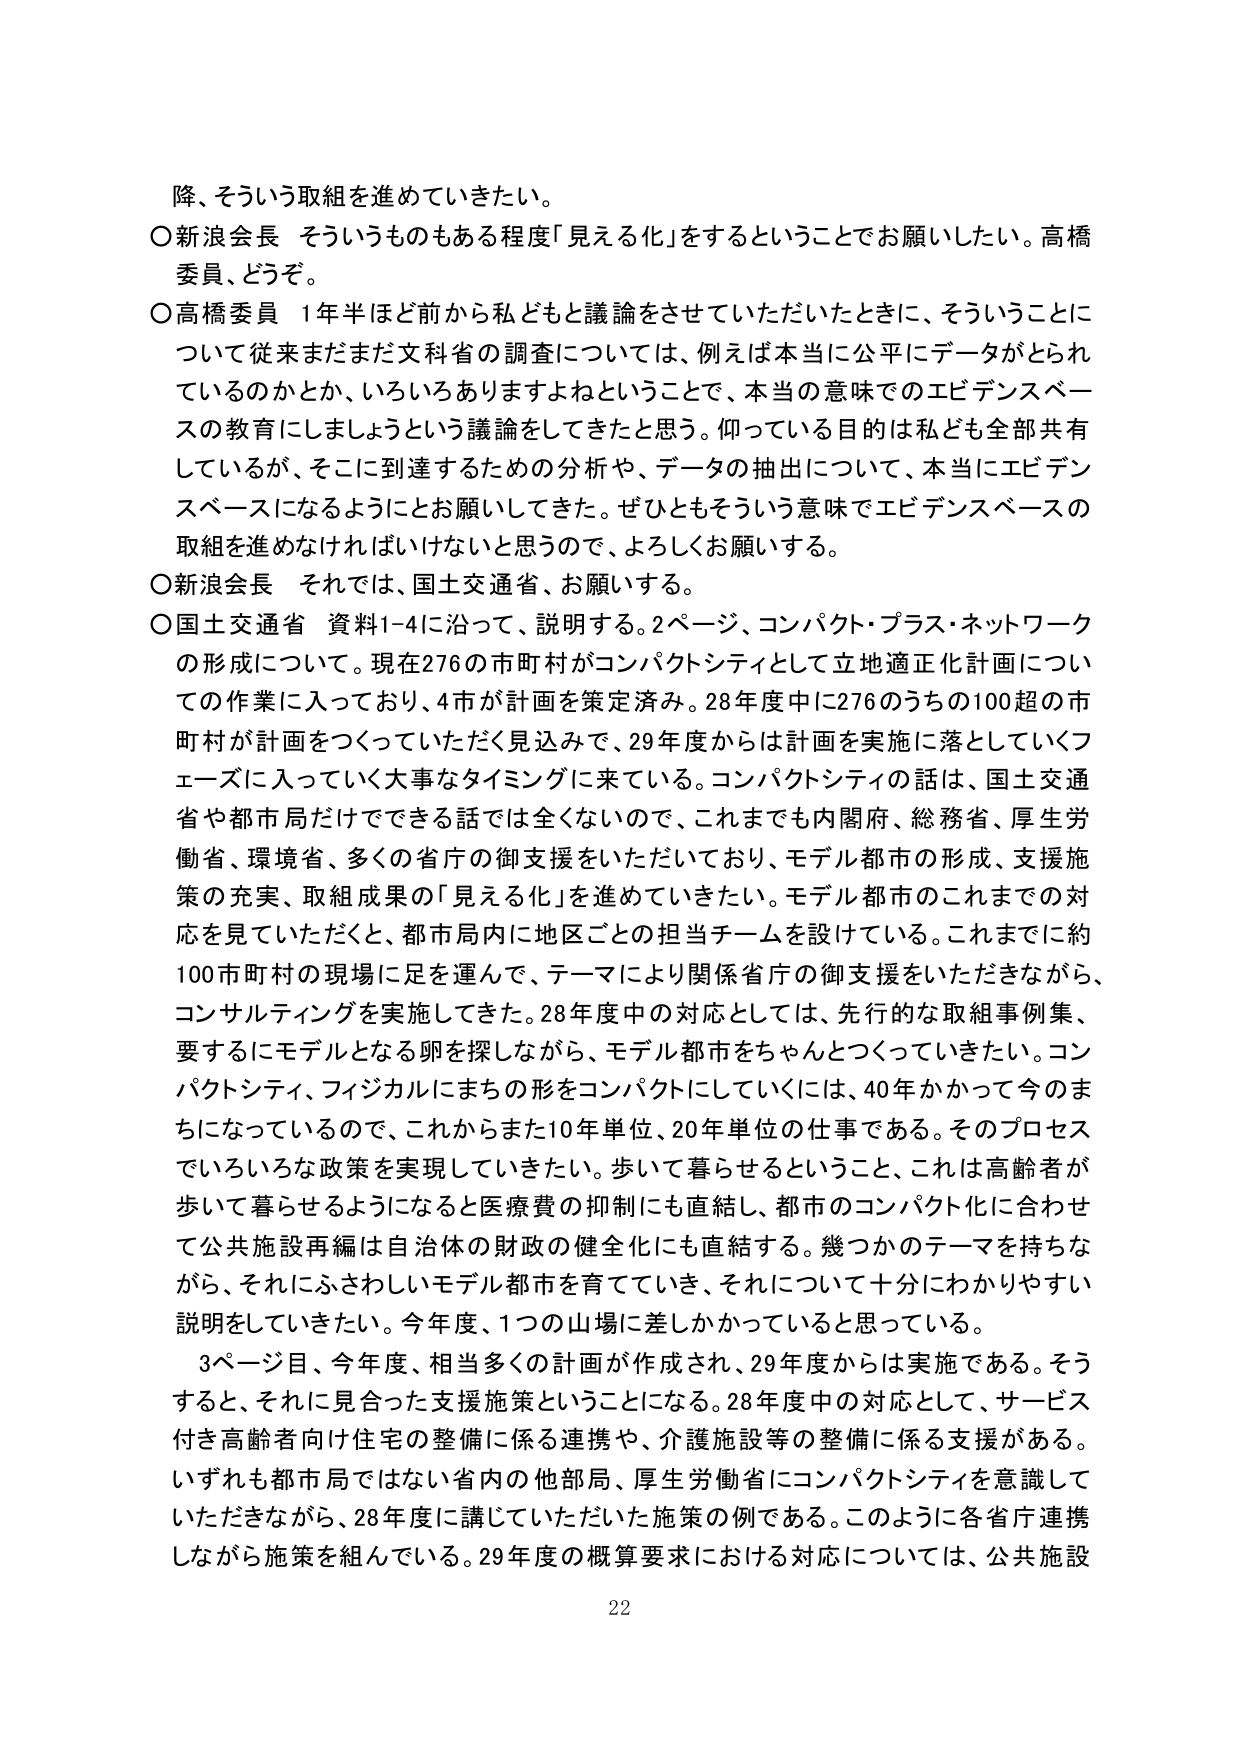
降、そういう取組を進めていきたい。

○新浪会長 そういうものもある程度「見える化」をするということでお願いしたい。高橋委員、どうぞ。

○高橋委員 1年半ほど前から私どもと議論をさせていただいたときに、そういうことについて従来まだまだ文科省の調査については、例えば本当に公平にデータがとられているのかとか、いろいろありますよねということで、本当の意味でのエビデンスベースの教育にしましょうという議論をしてきたと思う。仰っている目的は私ども全部共有しているが、そこに到達するための分析や、データの抽出について、本当にエビデンスベースになるようにとお願いしてきた。ぜひともそういう意味でエビデンスベースの取組を進めなければならないと思うので、よろしくお願いする。

○新浪会長 それでは、国土交通省、お願いする。

○国土交通省 資料1-4に沿って、説明する。2ページ、コンパクト・プラス・ネットワークの形成について。現在276の市町村がコンパクトシティとして立地適正化計画についての作業に入っており、4市が計画を策定済み。28年度中に276のうちの100超の市町村が計画をつくっていただく見込みで、29年度からは計画を実施に落としていくフェーズに入っていく大事なタイミングに来ている。コンパクトシティの話は、国土交通省や都市局だけでできる話では全くないので、これまでも内閣府、総務省、厚生労働省、環境省、多くの省庁の御支援をいただいており、モデル都市の形成、支援施策の充実、取組成果の「見える化」を進めていきたい。モデル都市のこれまでの対応を見ていただくと、都市局内に地区ごとの担当チームを設けている。これまでに約100市町村の現場に足を運んで、テーマにより関係省庁の御支援をいただきながら、コンサルティングを実施してきた。28年度中の対応としては、先行的な取組事例集、要するにモデルとなる卵を探しながら、モデル都市をちゃんとつけていきたい。コンパクトシティ、フィジカルにまちの形をコンパクトにしていくには、40年かかって今のまちになっているので、これからまた10年単位、20年単位の仕事である。そのプロセスでいろいろな政策を実現していきたい。歩いて暮らせるということ、これは高齢者が歩いて暮らせるようになると医療費の抑制にも直結し、都市のコンパクト化に合わせて公共施設再編は自治体の財政の健全化にも直結する。幾つかのテーマを持ちながら、それにふさわしいモデル都市を育てていき、それについて十分にわかりやすい説明をしていきたい。今年度、1つの山場に差しかかっていると思っている。

3ページ目、今年度、相当多くの計画が作成され、29年度からは実施である。そうすると、それに見合った支援施策ということになる。28年度中の対応として、サービス付き高齢者向け住宅の整備に係る連携や、介護施設等の整備に係る支援がある。いずれも都市局ではない省内の他部局、厚生労働省にコンパクトシティを意識していただきながら、28年度に講じていただいた施策の例である。このように各省庁連携しながら施策を組んでいる。29年度の概算要求における対応については、公共施設

22